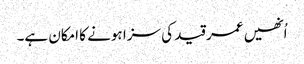
اُنھیں عمر قید کی سزا ہونے کا امکان ہے۔